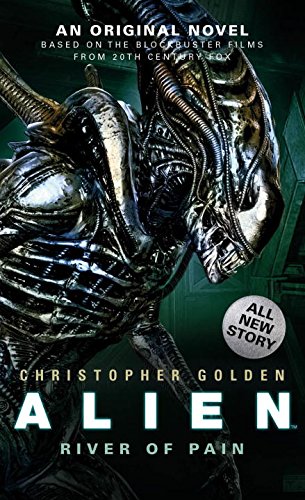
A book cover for Alien: River of Pain (Novel #3); Christopher Golden; Science Fiction & Fantasy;